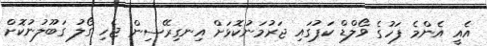
އެއީ އެންމެ ފަހުގެ ވޯލްޑް ކަޕުގައި ޖަރުމަނުކޮޅަށް އިނގިރޭސިން ޖެހި ގޯލު ގަބޫލުނުކޮށް